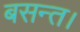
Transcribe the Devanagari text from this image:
बसन्त।